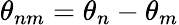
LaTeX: \theta_{nm}=\theta_{n}-\theta_{m}